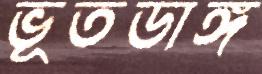
ভূতডাঙ্গ